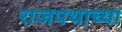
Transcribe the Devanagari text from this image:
राजपथाच्या